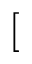
[